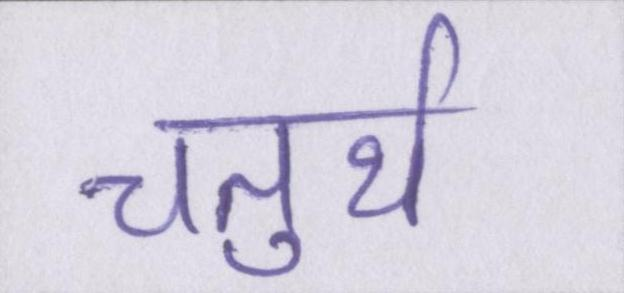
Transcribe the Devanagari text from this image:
चतुर्थ